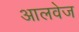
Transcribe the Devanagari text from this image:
आलवेज